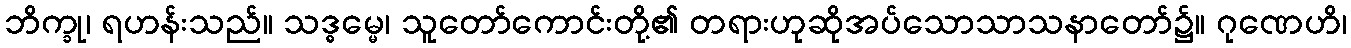
ဘိက္ခု၊ ရဟန်းသည်။ သဒ္ဓမ္မေ၊ သူတော်ကောင်းတို့၏ တရားဟုဆိုအပ်သောသာသနာတော်၌။ ဂုဏေဟိ၊